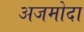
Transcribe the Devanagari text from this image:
अजमोदा